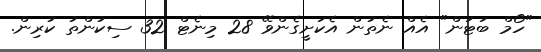
"ހޯމް ބަޓަން" އެއް ނެތުން އެކަށީގެންވޭ 28 މިނެޓް 32 ސިކުންތު ކުރިން.